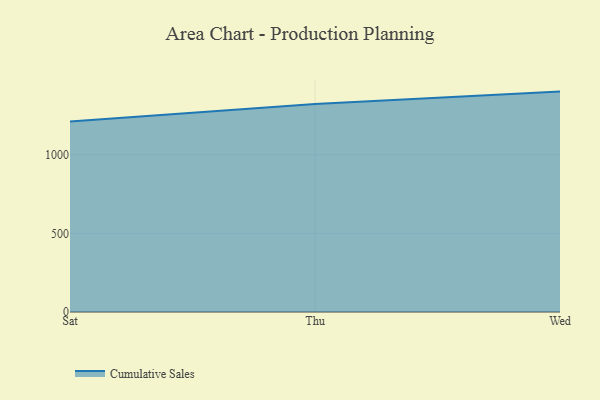
{"axis": {"x": "Day", "y": "Website Visitors"}, "legend": ["Cumulative Sales"], "data": [{"x": "Sat", "y": 1211.8, "type": "Cumulative Sales"}, {"x": "Thu", "y": 1323.5, "type": "Cumulative Sales"}, {"x": "Wed", "y": 1402.3, "type": "Cumulative Sales"}]}